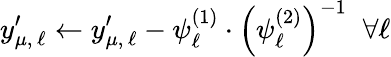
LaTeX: y_{\mu,\, \ell}^{\prime}\leftarrow y_{\mu,\, \ell}^{\prime}-\psi_{\ell}^{(1)}\cdot\left(\psi_{\ell}^{(2)}\right)^{-1}\; \; \forall\ell